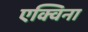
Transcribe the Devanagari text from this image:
एक्विना